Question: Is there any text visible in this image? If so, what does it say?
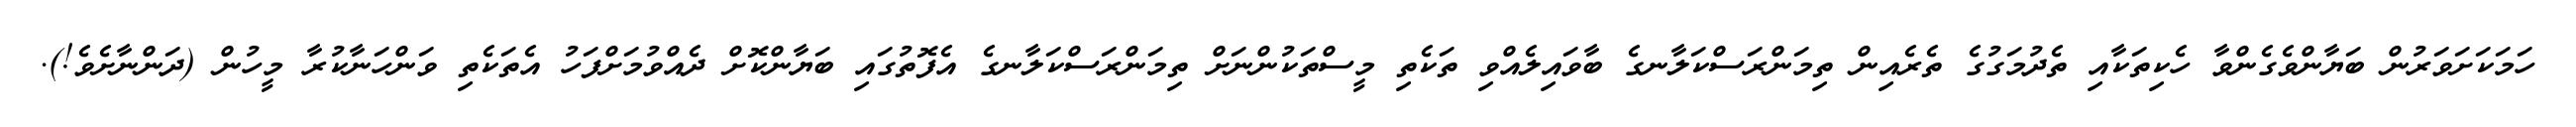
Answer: ހަމަކަށަވަރުން ބަޔާންވެގެންވާ ހެކިތަކާއި ތެދުމަގުގެ ތެރެއިން ތިމަންރަސްކަލާނގެ ބާވައިލެއްވި ތަކެތި މީސްތަކުންނަށް ތިމަންރަސްކަލާނގެ އެފޮތުގައި ބަޔާންކޮށް ދެއްވުމަށްފަހު އެތަކެތި ވަންހަނާކުރާ މީހުން (ދަންނާށެވެ!).